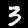
Label: 3